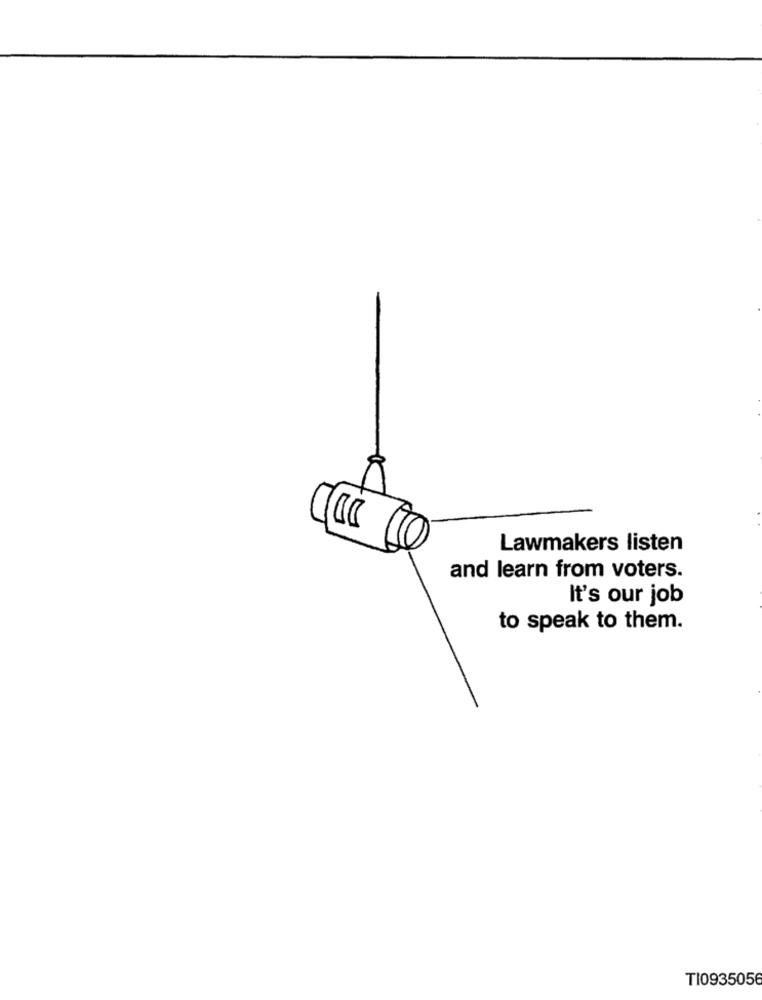
Lawmakers listen
and learn from voters.
It's our job
to speak to them.
TI0935056